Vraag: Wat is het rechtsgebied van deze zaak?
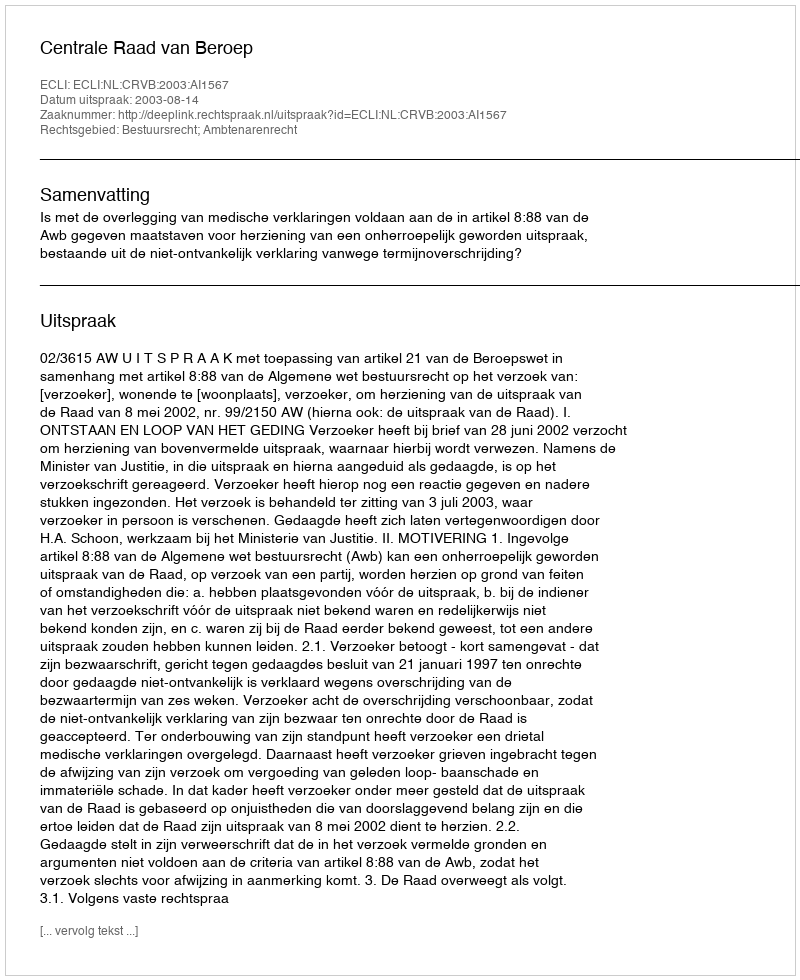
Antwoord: Bestuursrecht; Ambtenarenrecht